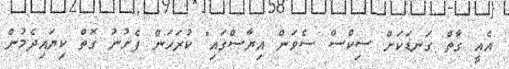
އެއީ ގާތް ގަނޑަކަށް ސިކްސް ސެވަން އިޔާސްގައި" ކުރަހަން ފެށުނު ގޮތް ކިޔައިދެމުން